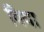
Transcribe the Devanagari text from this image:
विया